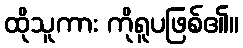
ထိုသူကား ကိုရူပဖြစ်၏။